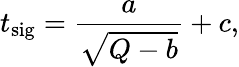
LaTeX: t_{\mathrm{sig}}=\frac{a}{\sqrt{Q-b}}+c,